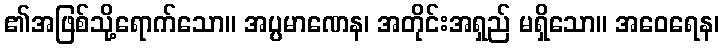
၏အဖြစ်သို့ရောက်သော။ အပ္ပမာဏေန၊ အတိုင်းအရှည် မရှိသော။ အဝေရေန၊